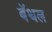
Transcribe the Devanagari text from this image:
बॅथल